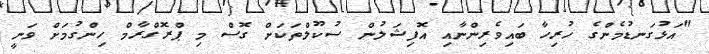
"އަޅުގަނޑުމެންގެ ހުރިހާ ބައިވެރިންނާއި އޮފިޝަލުން ސުކޫލްތަކަށް ގޮސް މި ޕްރޮގްރާމް ހިންގުމަށް ވަނީ